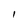
Character: I